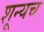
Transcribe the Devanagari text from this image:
शून्यच